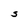
Character: S